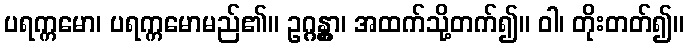
ပရက္ကမော၊ ပရက္ကမောမည်၏။ ဥဂ္ဂန္တွာ၊ အထက်သို့တက်၍။ ဝါ၊ တိုးတတ်၍။